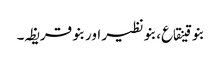
بنو قینقاع، بنو نظیر اور بنو قریظہ۔